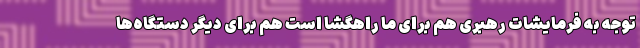
توجه به فرمایشات رهبری هم برای ما راهگشا است هم برای دیگر دستگاه‌ها